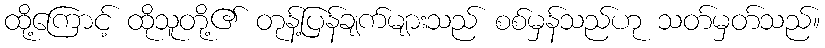
ထို့ကြောင့် ထိုသူတို့၏ တုန့်ပြန်ချက်များသည် စစ်မှန်သည်ဟု သတ်မှတ်သည်။